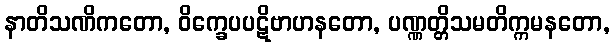
နာတိသဏိကတော, ဝိက္ခေပပဋိဗာဟနတော, ပဏ္ဏတ္တိသမတိက္ကမနတော,